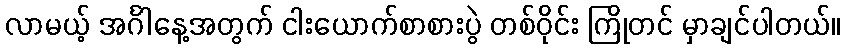
လာမယ့် အင်္ဂါနေ့အတွက် ငါးယောက်စာစားပွဲ တစ်ဝိုင်း ကြိုတင် မှာချင်ပါတယ်။